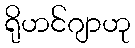
ရိုဟင်ဂျာဟု